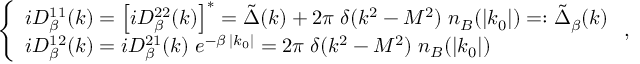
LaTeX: \left\{ \begin{array} { l } { { i D _ { \beta } ^ { 1 1 } ( k ) = \left[ i D _ { \beta } ^ { 2 2 } ( k ) \right] ^ { * } = \tilde { \Delta } ( k ) + 2 \pi \; \delta ( k ^ { 2 } - M ^ { 2 } ) \; n _ { B } ( | k _ { 0 } | ) = : \tilde { \Delta } _ { \beta } ( k ) } } \\ { { i D _ { \beta } ^ { 1 2 } ( k ) = i D _ { \beta } ^ { 2 1 } ( k ) \; e ^ { - \beta \; | k _ { 0 } | } = 2 \pi \; \delta ( k ^ { 2 } - M ^ { 2 } ) \; n _ { B } ( | k _ { 0 } | ) } } \end{array} \right. ,